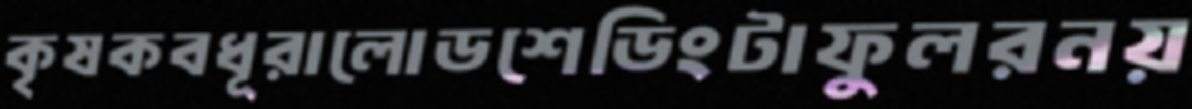
কৃষকবধূরালোডশেডিংটাফুলরনয়